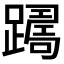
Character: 𨅡